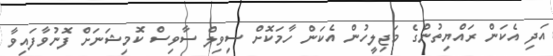
އަދި އެކަން ރައްޔިތުންގެ މަޖިލީހުން އެކަން ހާމަކޮށް ސިވިލް ސާވިސް ކޮމިޝަނަށް ފޮނުވާފައިވާ